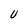
Character: U